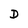
Character: D